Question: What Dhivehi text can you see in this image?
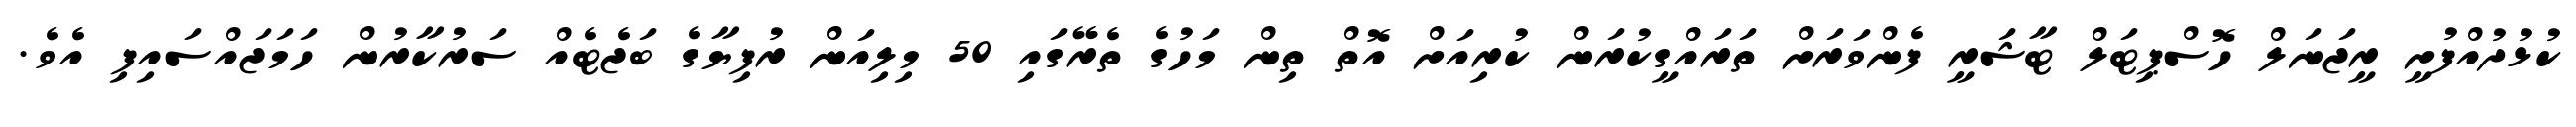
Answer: ކުޅުދުއްފުށީ ރީޖަނަލް ހޮސްޕިޓަލް ޓާޝަރީ ފެންވަރަށް ތަރައްގީކުރަން ކުރިއަށް އޮތް ތިން މަހުގެ ތެރޭގައި 50 މިލިއަން ރުފިޔާގެ ބަޖެޓެއް ސަރުކާރުން ހަމަޖައްސައިފި އެވެ.